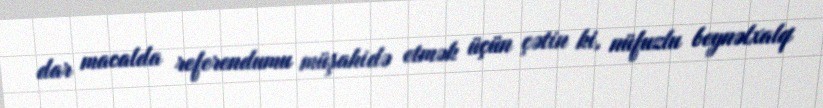
dar macalda referendumu müşahidə etmək üçün çətin ki, nüfuzlu beynəlxalq